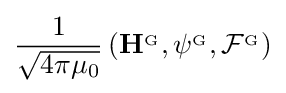
{\frac {1}{\sqrt {4\pi \mu _{0}}}}\left(\mathbf {H} ^{_{\mathrm {G} }},\psi ^{_{\mathrm {G} }},{\mathcal {F}}^{_{\mathrm {G} }}\right)